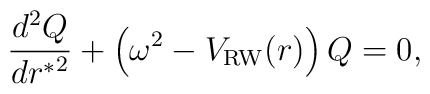
{{d^2 Q} \over { d {r^*}^2}} + \left ( \omega^2 - V_{\rm RW}(r) \right ) Q =0,